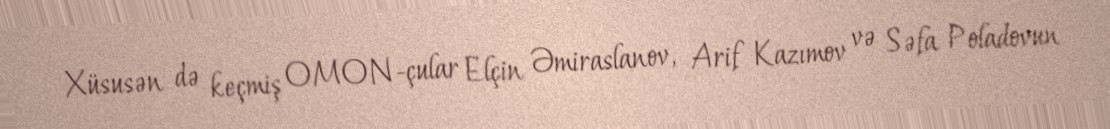
Xüsusən də keçmiş OMON-çular Elçin Əmiraslanov, Arif Kazımov və Səfa Poladovun